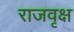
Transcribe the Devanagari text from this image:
राजवृक्ष